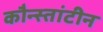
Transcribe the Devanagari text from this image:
कौन्स्तांटीन